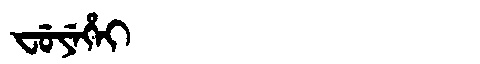
Manchu: ᠸᡠᠶᡝᡥᡝᡳ
Romanization: FUYEHEI